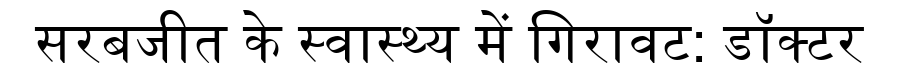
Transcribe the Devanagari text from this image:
सरबजीत के स्वास्थ्य में गिरावट: डॉक्टर